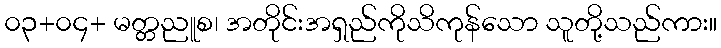
၀၃+၀၄+ မတ္တညူစ၊ အတိုင်းအရှည်ကိုသိကုန်သော သူတို့သည်ကား။